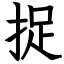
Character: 捉